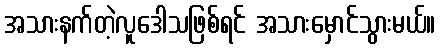
အသားနက်တဲ့လူဒေါသဖြစ်ရင် အသားမှောင်သွားမယ်။